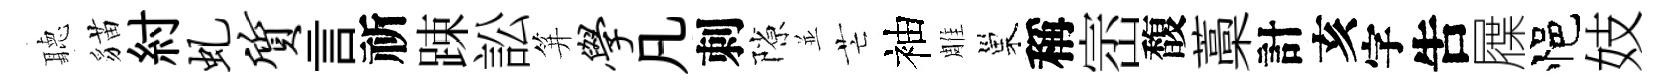
聽貓紂虬质言祈踈訟笄学凡刺隙並芒袖雕巢稱崈馥藁計亥字吿屧悒妓